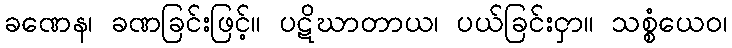
ခဏေန၊ ခဏခြင်းဖြင့်။ ပဋိဃာတာယ၊ ပယ်ခြင်းငှာ။ သစ္စံယေဝ၊